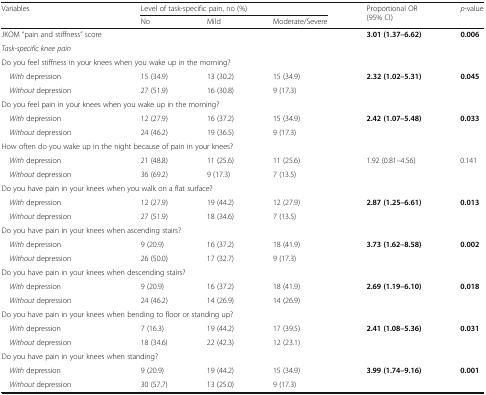
<table><thead><tr><td rowspan="2"><b>Variables</b></td><td colspan="3"><b>Level of task-specific pain, no (%)</b></td><td rowspan="2"><b>Proportional OR (95% CI)</b></td><td rowspan="2"><b><i>p</i>-value</b></td></tr><tr><td><b>No</b></td><td><b>Mild</b></td><td><b>Moderate/Severe</b></td></tr></thead><tbody><tr><td>JKOM “pain and stiffness” score</td><td></td><td></td><td></td><td><b>3.01 (1.37–6.62)</b></td><td><b>0.006</b></td></tr><tr><td colspan="6"><i>Task-specific knee pain</i></td></tr><tr><td colspan="6">Do you feel stiffness in your knees when you wake up in the morning?</td></tr><tr><td> <i>With</i> depression</td><td>15 (34.9)</td><td>13 (30.2)</td><td>15 (34.9)</td><td rowspan="2"><b>2.32 (1.02–5.31)</b></td><td rowspan="2"><b>0.045</b></td></tr><tr><td> <i>Without</i> depression</td><td>27 (51.9)</td><td>16 (30.8)</td><td>9 (17.3)</td></tr><tr><td colspan="6">Do you feel pain in your knees when you wake up in the morning?</td></tr><tr><td> <i>With</i> depression</td><td>12 (27.9)</td><td>16 (37.2)</td><td>15 (34.9)</td><td rowspan="2"><b>2.42 (1.07–5.48)</b></td><td rowspan="2"><b>0.033</b></td></tr><tr><td> <i>Without</i> depression</td><td>24 (46.2)</td><td>19 (36.5)</td><td>9 (17.3)</td></tr><tr><td colspan="6">How often do you wake up in the night because of pain in your knees?</td></tr><tr><td> <i>With</i> depression</td><td>21 (48.8)</td><td>11 (25.6)</td><td>11 (25.6)</td><td rowspan="2">1.92 (0.81–4.56)</td><td rowspan="2">0.141</td></tr><tr><td> <i>Without</i> depression</td><td>36 (69.2)</td><td>9 (17.3)</td><td>7 (13.5)</td></tr><tr><td colspan="6">Do you have pain in your knees when you walk on a flat surface?</td></tr><tr><td> <i>With</i> depression</td><td>12 (27.9)</td><td>19 (44.2)</td><td>12 (27.9)</td><td rowspan="2"><b>2.87 (1.25–6.61)</b></td><td rowspan="2"><b>0.013</b></td></tr><tr><td> <i>Without</i> depression</td><td>27 (51.9)</td><td>18 (34.6)</td><td>7 (13.5)</td></tr><tr><td colspan="6">Do you have pain in your knees when ascending stairs?</td></tr><tr><td> <i>With</i> depression</td><td>9 (20.9)</td><td>16 (37.2)</td><td>18 (41.9)</td><td rowspan="2"><b>3.73 (1.62–8.58)</b></td><td rowspan="2"><b>0.002</b></td></tr><tr><td> <i>Without</i> depression</td><td>26 (50.0)</td><td>17 (32.7)</td><td>9 (17.3)</td></tr><tr><td colspan="6">Do you have pain in your knees when descending stairs?</td></tr><tr><td> <i>With</i> depression</td><td>9 (20.9)</td><td>16 (37.2)</td><td>18 (41.9)</td><td rowspan="2"><b>2.69 (1.19–6.10)</b></td><td rowspan="2"><b>0.018</b></td></tr><tr><td> <i>Without</i> depression</td><td>24 (46.2)</td><td>14 (26.9)</td><td>14 (26.9)</td></tr><tr><td colspan="6">Do you have pain in your knees when bending to floor or standing up?</td></tr><tr><td> <i>With</i> depression</td><td>7 (16.3)</td><td>19 (44.2)</td><td>17 (39.5)</td><td rowspan="2"><b>2.41 (1.08–5.36)</b></td><td rowspan="2"><b>0.031</b></td></tr><tr><td> <i>Without</i> depression</td><td>18 (34.6)</td><td>22 (42.3)</td><td>12 (23.1)</td></tr><tr><td colspan="6">Do you have pain in your knees when standing?</td></tr><tr><td> <i>With</i> depression</td><td>9 (20.9)</td><td>19 (44.2)</td><td>15 (34.9)</td><td rowspan="2"><b>3.99 (1.74–9.16)</b></td><td rowspan="2"><b>0.001</b></td></tr><tr><td> <i>Without</i> depression</td><td>30 (57.7)</td><td>13 (25.0)</td><td>9 (17.3)</td></tr></tbody></table>